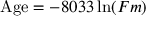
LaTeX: { \mathrm { A g e } } = - 8 0 3 3 \ln ( F m )